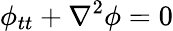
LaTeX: \phi_{tt}+\nabla^{2}\phi=0